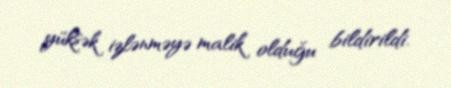
yüksək izlənməyə malik olduğu bildirildi.